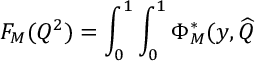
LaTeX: F _ { M } ( Q ^ { 2 } ) = \int _ { 0 } ^ { 1 } \int _ { 0 } ^ { 1 } \Phi _ { M } ^ { * } ( y , \widehat { Q }